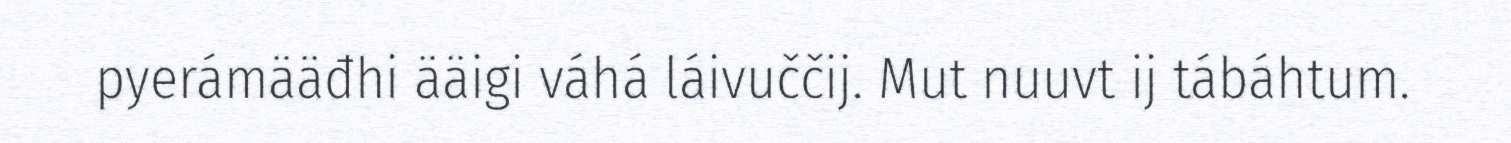
pyerámääđhi ääigi váhá láivuččij. Mut nuuvt ij tábáhtum.